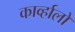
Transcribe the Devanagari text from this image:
काव्‍र्हालो